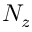
N _ { z }